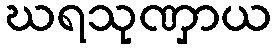
ဃရသုဏှာယ